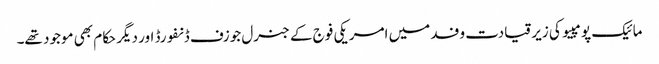
مائیک پومپیو کی زیر قیادت وفد میں امریکی فوج کے جنرل جوزف ڈنفورڈ اور دیگر حکام بھی موجود تھے۔